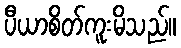
ပီယာစိတ်ကူးမိသည်။